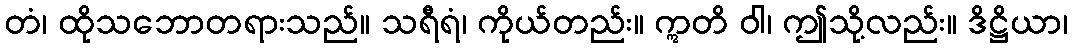
တံ၊ ထိုသဘောတရားသည်။ သရီရံ၊ ကိုယ်တည်း။ ဣတိ ဝါ၊ ဤသို့လည်း။ ဒိဋ္ဌိယာ၊